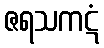
ဇရသကဋံ